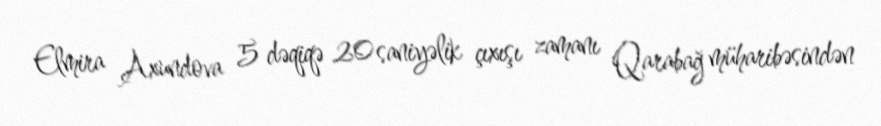
Elmira Axundova 5 dəqiqə 20 saniyəlik çıxışı zamanı Qarabağ müharibəsindən